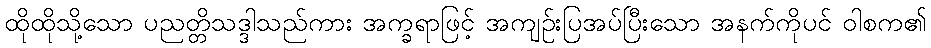
ထိုထိုသို့သော ပညတ္တိသဒ္ဒါသည်ကား အက္ခရာဖြင့် အကျဉ်းပြအပ်ပြီးသော အနက်ကိုပင် ဝါစက၏